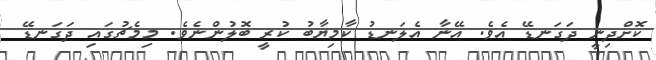
ކޮށްދިނީ ދަގަނޑޭ އެވެ. އޭނާ އެލަނޑު ކާމިޔާބު ކުރީ ބޮލުންނެވެ. މިމެޗުގައި ދަގަނޑޭ